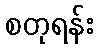
စတုရန်း